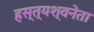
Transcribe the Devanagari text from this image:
हस्त्यश्वनेता